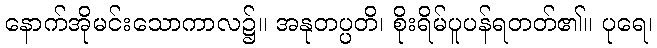
နောက်အိုမင်းသောကာလ၌။ အနုတပ္ပတိ၊ စိုးရိမ်ပူပန်ရတတ်၏။ ပုရေ၊